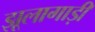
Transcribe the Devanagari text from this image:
झूलागाड़ी